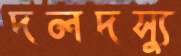
দলদস্যু